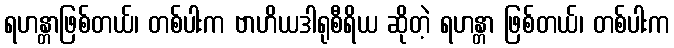
ရဟန္တာဖြစ်တယ်၊ တစ်ပါးက ဗာဟိယဒါရုစီရိယ ဆိုတဲ့ ရဟန္တာ ဖြစ်တယ်၊ တစ်ပါးက